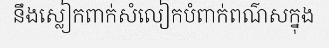
នឹងស្លៀកពាក់សំលៀកបំពាក់ពណ៌សក្នុង